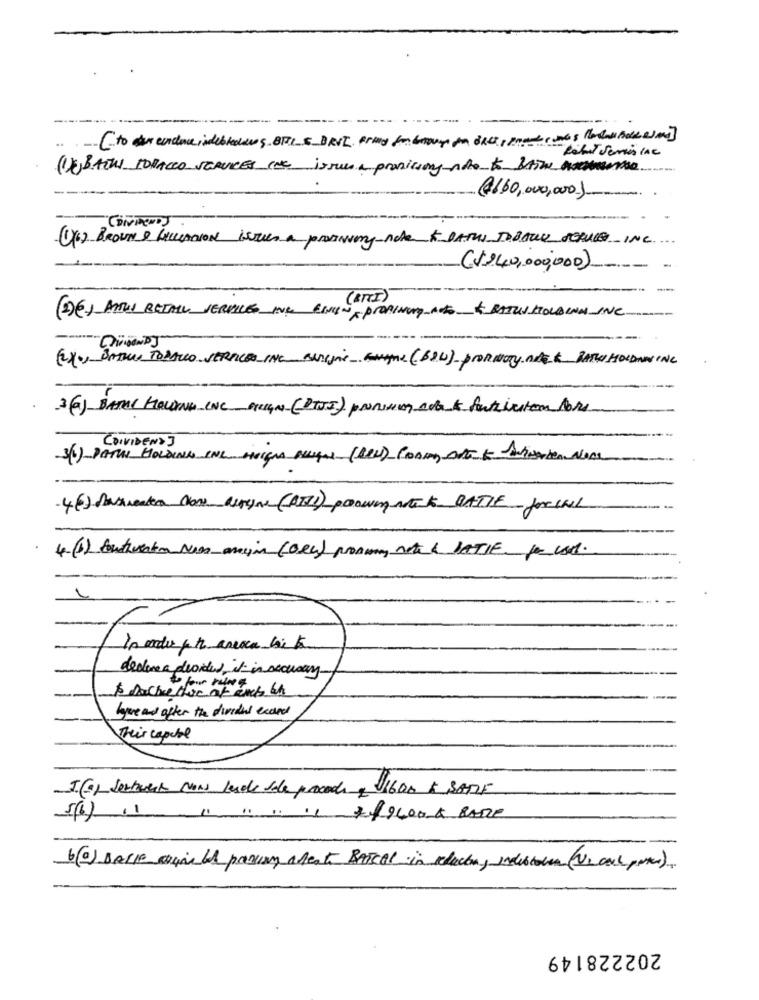
(1) BATHS TOBACCO SERVICES Inc issue a promising no to BAThe aucune
(€160,000,000).
CONTENDS
(16) BROWN & bulAtion isten a prosINmy nde K BATHS TOBOUY SERVICES INC
(1240,000,000)
(2)(6) ATUS BEIALL SERVICES ING EINIGEN PROPINUND AUTO KRATIS KTOLDINN INC
(2) ., BATTUS TOBACCO SERVICES INC assigne ENque (BOW) ProMINUTY DER RATE HOLDNING
3(6) BANK HOLDING INC ALIGN (PTII) promoting Ada & Autricitom ford
(DIVIDEND ]
3()- PATIN HOLDING INL oiIGNA Berga (BEI) Conmoto & Auinaten Nese
4(6) Pasienter Now astone (AIII) prowen nek BATIE forINL
4.(1) Southration Nos anym (Dec) prommy nte& JATIE for use.
declare a provided, it in accuracy.
your run &
Iyore and after the divided exced
Their capital
5(0) Settwest Now lesde sole prococh 1600 & SOMF
5(6) 11 11 11 49400& BARE
202228149